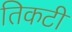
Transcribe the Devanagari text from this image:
तिकटी